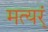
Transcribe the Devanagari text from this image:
मत्यर्ं